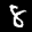
Label: 8